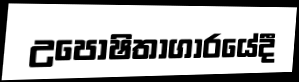
උපෝෂිතාගාරයේදී